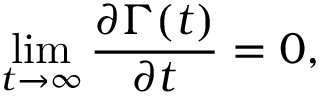
\operatorname* { l i m } _ { t \to \infty } \frac { \partial \boldsymbol { \Gamma } ( t ) } { \partial t } = 0 ,